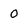
Character: O